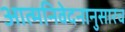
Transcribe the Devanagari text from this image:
आत्मनिवेदनानुसारच